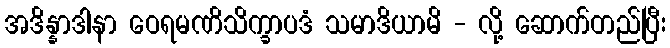
အဒိန္နာဒါနာ ဝေရမဏိသိက္ခာပဒံ သမာဒိယာမိ - လို့ ဆောက်တည်ပြီး